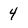
Character: 4